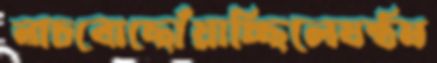
নাচবোছোঁয়াচ্ছিলেষষ্ঠম